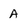
Character: A